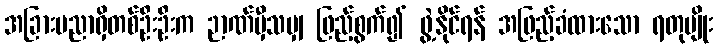
အခြားပညာရှိတစ်ဦးဦးက ဉာဏ်မှီသမျှ ဖြည့်စွက်၍ ဖွဲ့နိုင်ရန် အဖြည့်ခံထားသော ရတုမျိုး